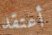
أعتقد